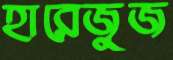
হারেজুজ